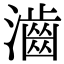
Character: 𤁧